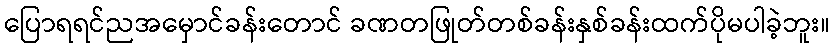
ပြောရရင်ညအမှောင်ခန်းတောင် ခဏတဖြုတ်တစ်ခန်းနှစ်ခန်းထက်ပိုမပါခဲ့ဘူး။